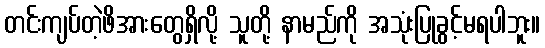
တင်းကျပ်တဲ့ဖိအားတွေရှိလို့ သူတို့ နာမည်ကို အသုံးပြုခွင့်မရပါဘူး။